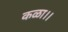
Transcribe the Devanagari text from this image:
कळा।।